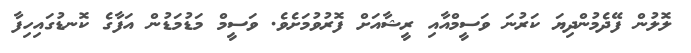
ލޮލުން ފޭދެމުންދިޔަ ކަރުނަ ވަސީމްއާއި ރީޝާއަށް ފޮރުވުމަށެވެ. ވަސީމް މަޑުމަޑުން އަފާގެ ކޮނޑުގައިހިފާ